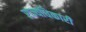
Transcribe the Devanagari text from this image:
राज्यधिकारी